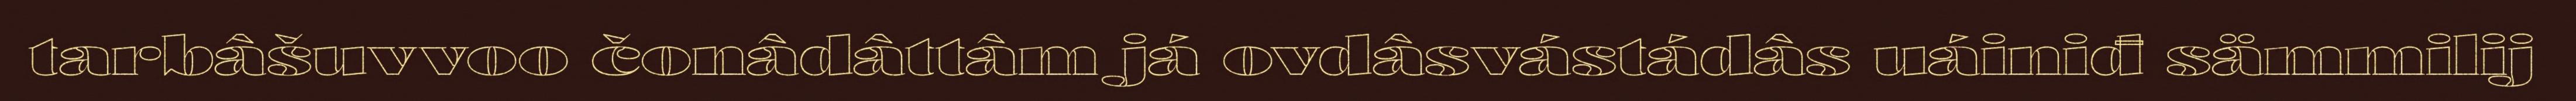
tarbâšuvvoo čonâdâttâm já ovdâsvástádâs uáiniđ sämmilij